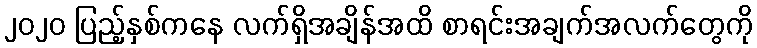
၂၀၂၀ ပြည့်နှစ်ကနေ လက်ရှိအချိန်အထိ စာရင်းအချက်အလက်တွေကို